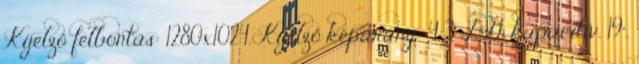
Kijelző felbontás: 1280x1024, Kijelző képarány: 4:3 LG, kapacitív, 19",